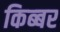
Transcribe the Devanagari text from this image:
किब्‍बर